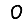
Digit: 0